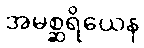
အမစ္ဆရိယေန